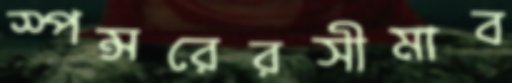
স্পন্সরেরসীমাব